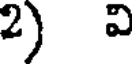
2) వి